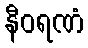
နီဝရဏံ